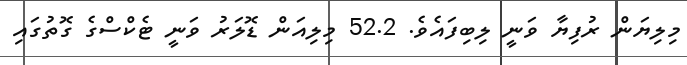
މިލިޔަން ރުފިޔާ ވަނީ ލިބިފައެވެ. 52.2 މިލިއަން ޑޮލަރު ވަނީ ޓެކްސްގެ ގޮތުގައި